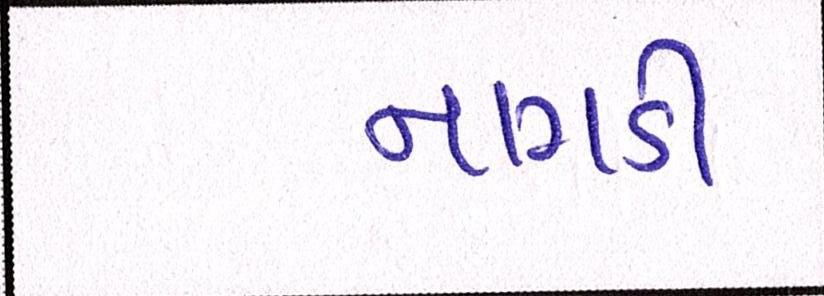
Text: નાગડી